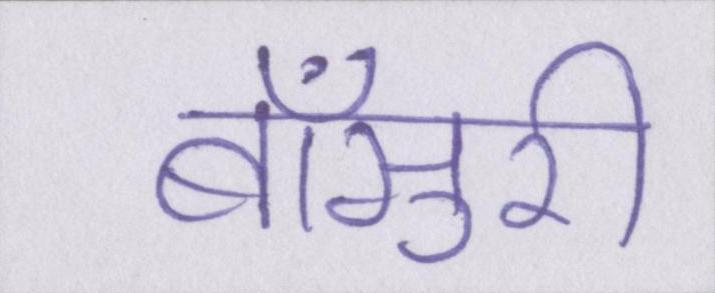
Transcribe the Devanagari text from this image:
बाँसुरी